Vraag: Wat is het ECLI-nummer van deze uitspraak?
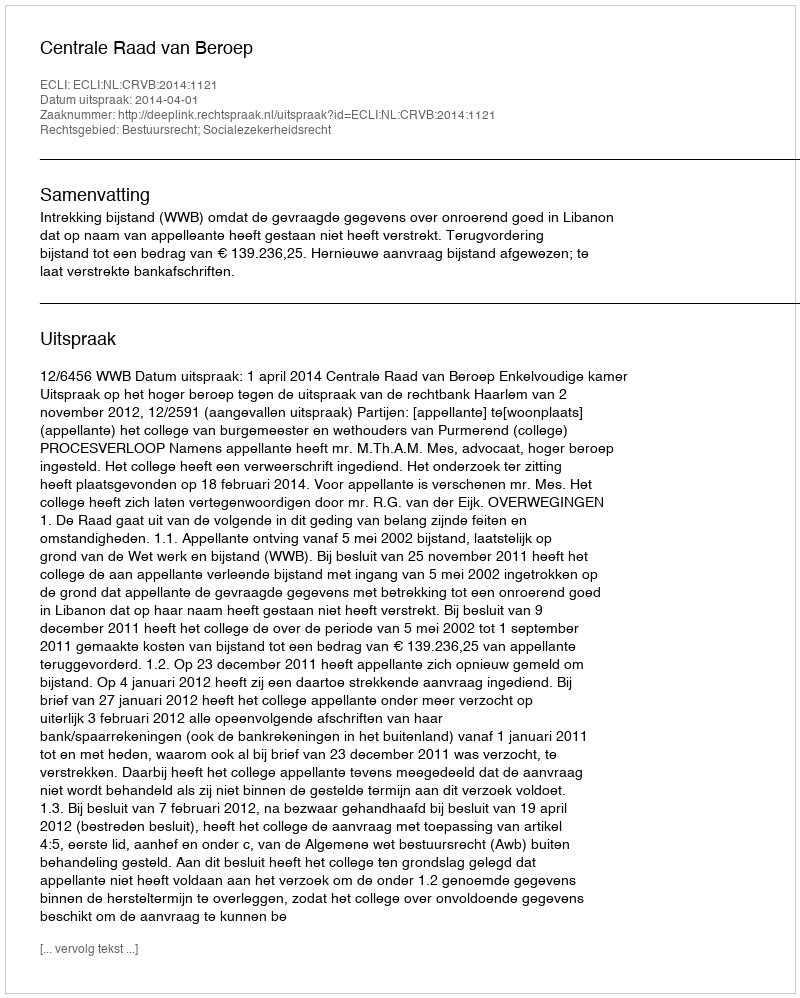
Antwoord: ECLI:NL:CRVB:2014:1121